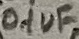
Text: 0.1uF